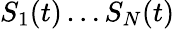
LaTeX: S_{1}(t)\ldots S_{N}(t)